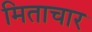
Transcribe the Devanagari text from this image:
मिताचार